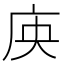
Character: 𭙘